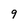
Character: 9